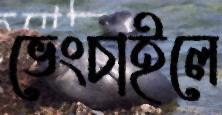
ভেংচাইলে